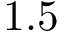
1 . 5